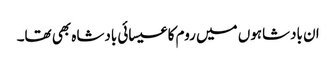
ان بادشاہوں میں روم کا عیسائی بادشاہ بھی تھا۔